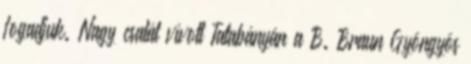
fogadjuk. Nagy csatát vívott Tatabányán a B. Braun Gyöngyös